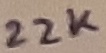
Text: 22K